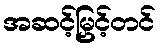
အဆင့်မြှင့်တင်